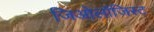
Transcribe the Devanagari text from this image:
जिओलॉजिस्ट